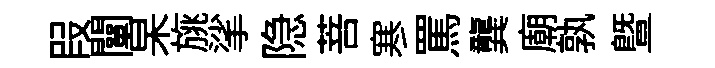
叚闡杲旐挲隐菩寒罵龔廟孰曁